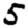
Digit: 5